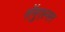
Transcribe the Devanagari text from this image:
सॅमुएल्सन